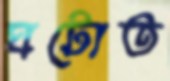
ঘটোত